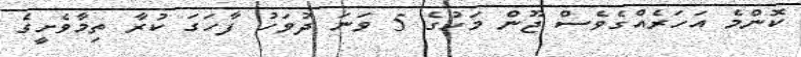
ކޮންމެ އަހަރެއްގެވެސް ޖޫން މަހުގެ 5 ވަނަ ދުވަހު ފާހަގަ ކުރާ ތިމާވެށީގެ